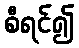
စီရင်၍